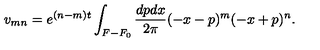
v _ { m n } = e ^ { ( n - m ) t } \int _ { F - F _ { 0 } } \frac { d p d x } { 2 \pi } ( - x - p ) ^ { m } ( - x + p ) ^ { n } .